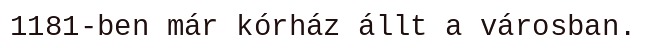
1181-ben már kórház állt a városban.